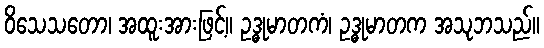
ဝိသေသတော၊ အထူးအားဖြင့်။ ဥဒ္ဓုမာတကံ၊ ဥဒ္ဓုမာတက အသုဘသည်။